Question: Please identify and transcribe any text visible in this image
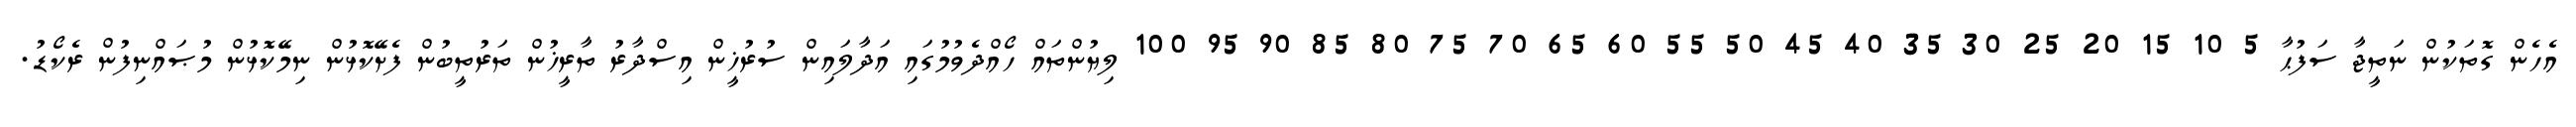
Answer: އެހެން ގޮތަކުން ނަތީޖާ ސަފުޙާ 5 10 15 20 25 30 35 40 45 50 55 60 65 70 75 80 85 90 95 100 ލިޔުންތައް ހޯއްދެވުމުގައި އަދާލައިން ސުރުޚީން އިސްދާރު ތާރީޚުން ތަރުތީބުން ފެށޭކޮޅުން ނިމޭކޮޅުން މުޞައްނިފުން ރެކޯޑު.